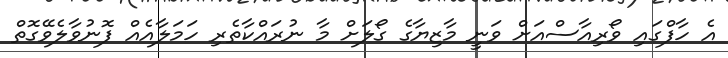
އެ ހާފްގައި ވޯރިއާސްއަށް ވަނީ މާޒިޔާގެ ގޯލަށް މާ ނުރައްކާތެރި ހަމަލާއެއް ފޮނުވާލެވޭގޮތް